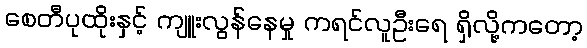
စေတီပုထိုးနှင့် ကျူးလွန်နေမှု ကရင်လူဦးရေ ရှိလို့ကတော့